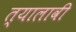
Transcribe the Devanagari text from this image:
त्यालावी